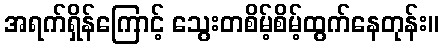
အရက်ရှိန်ကြောင့် သွေးတစိမ့်စိမ့်ထွက်နေတုန်း။